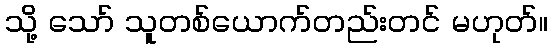
သို့ သော် သူတစ်ယောက်တည်းတင် မဟုတ်။